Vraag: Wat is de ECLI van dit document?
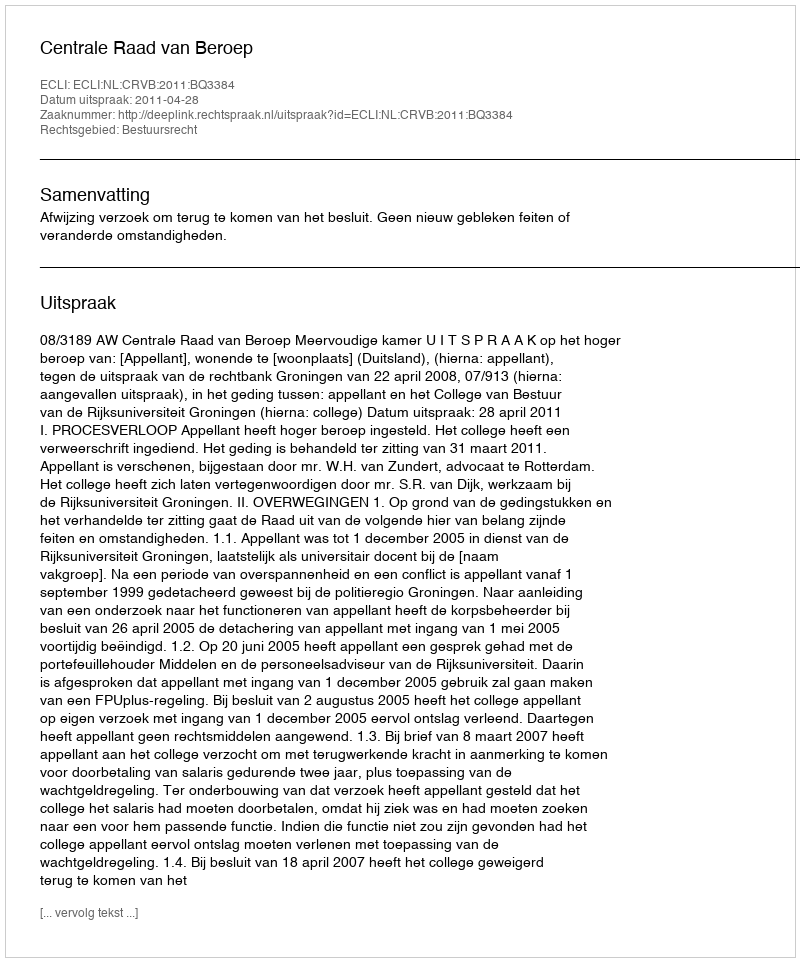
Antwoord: ECLI:NL:CRVB:2011:BQ3384